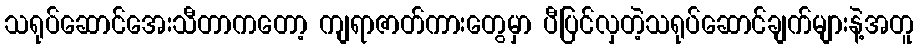
သရုပ်ဆောင်အေးသီတာကတော့ ကျရာဇာတ်ကားတွေမှာ ပီပြင်လှတဲ့သရုပ်ဆောင်ချက်များနဲ့အတူ